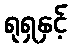
ရုရှနှင့်